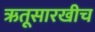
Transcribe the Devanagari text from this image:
ऋतूसारखीच